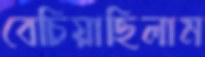
বেচিয়াছিলাম